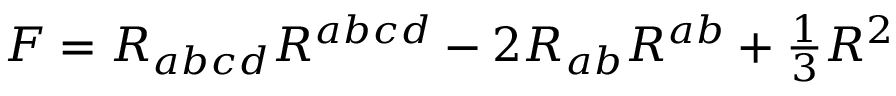
F = R _ { a b c d } R ^ { a b c d } - 2 R _ { a b } R ^ { a b } + { \textstyle { \frac { 1 } { 3 } } } R ^ { 2 }